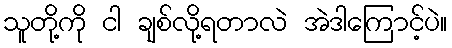
သူတို့ကို ငါ ချစ်လို့ရတာလဲ အဲဒါကြောင့်ပဲ။